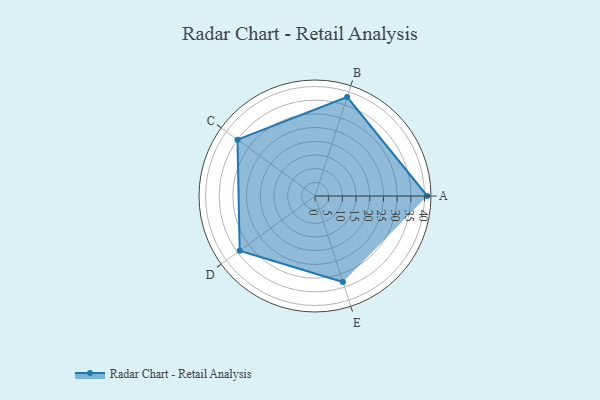
{"axis": {"x": "Skill", "y": "Score"}, "legend": ["Profile"], "data": [{"x": "A", "y": 41.0, "type": "Profile"}, {"x": "B", "y": 38.0, "type": "Profile"}, {"x": "C", "y": 35.0, "type": "Profile"}, {"x": "D", "y": 34.0, "type": "Profile"}, {"x": "E", "y": 33.0, "type": "Profile"}]}